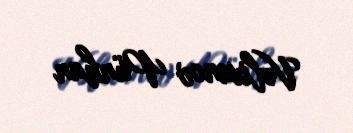
Vəlixanov Pünhan